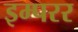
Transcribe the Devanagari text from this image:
इम्परर